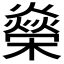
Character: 𬄾